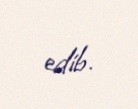
edib.